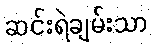
ဆင်းရဲချမ်းသာ